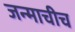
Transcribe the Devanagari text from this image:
जन्माचीच